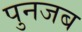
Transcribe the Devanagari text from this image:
पुनजब